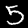
Digit: 5